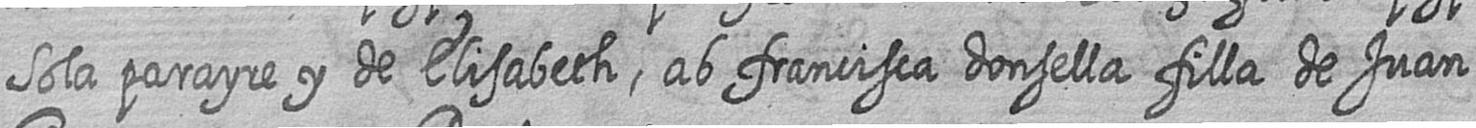
Sola parayre y de Elisabeth ab francisca donsella filla de Juan